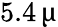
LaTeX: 5.4\, \upmu